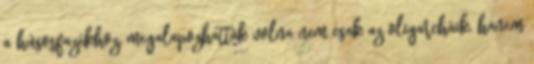
a húsosfazékhoz, megalapozhatták volna nem csak az oligarcháik, hanem